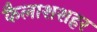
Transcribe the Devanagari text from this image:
कैलाशशहर